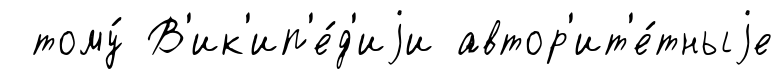
тому́ В'ик'ип'е́д'иjи автор'ит'е́тныjе